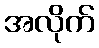
အလိုက်